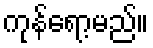
ကုန်ရော့မည်။